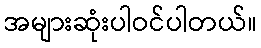
အများဆုံးပါဝင်ပါတယ်။